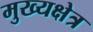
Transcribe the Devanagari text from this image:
मुख्यक्षेत्र